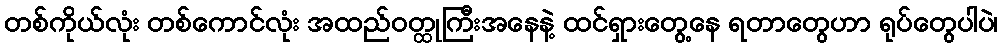
တစ်ကိုယ်လုံး တစ်ကောင်လုံး အထည်ဝတ္ထုကြီးအနေနဲ့ ထင်ရှားတွေ့နေ ရတာတွေဟာ ရုပ်တွေပါပဲ၊